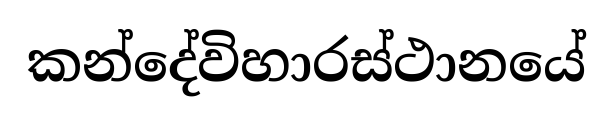
කන්දේවිහාරස්ථානයේ